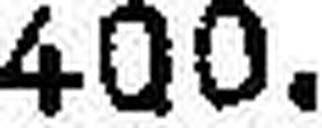
400.—